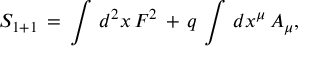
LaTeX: S _ { 1 + 1 } \, = \, \int \, d ^ { 2 } x \, F ^ { 2 } \, + \, q \, \int \, d x ^ { \mu } \, A _ { \mu } ,